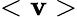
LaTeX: <\mathbf{v}>